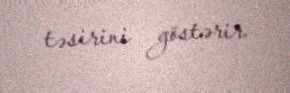
təsirini göstərir.